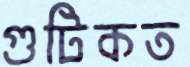
গুটিকত